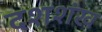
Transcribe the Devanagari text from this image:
दशशंख